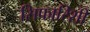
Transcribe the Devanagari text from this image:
सिफारिशी